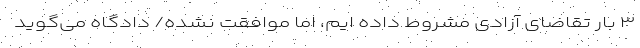
۳ بار تقاضای آزادی مشروط داده ایم، اما موافقت نشده/ دادگاه می‌گوید